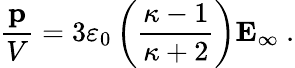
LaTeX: {\frac{\mathbf{p}}{V}}=3\varepsilon_{0}\left({\frac{\kappa-1}{\kappa+2}}\right)\mathbf{E}_{\infty}\ .